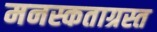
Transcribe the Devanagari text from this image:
मनस्कताग्रस्त